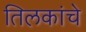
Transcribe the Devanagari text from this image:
तिलकांचे